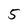
Character: 5